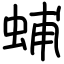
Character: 蜅